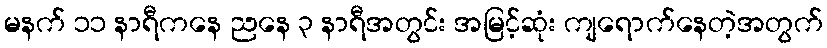
မနက် ၁၁ နာရီကနေ ညနေ ၃ နာရီအတွင်း အမြင့်ဆုံး ကျရောက်နေတဲ့အတွက်